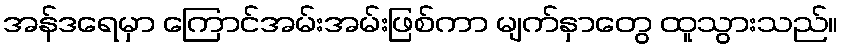
အန်ဒရေမှာ ကြောင်အမ်းအမ်းဖြစ်ကာ မျက်နှာတွေ ထူသွားသည်။